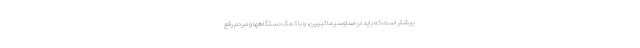
بیشتر است که باید در صداوسیما تبیین، و با کمک دستگاهها و مردم رفع